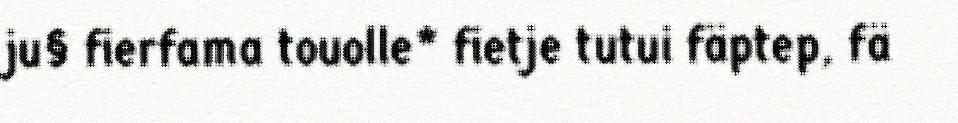
ju§ fierfama touolle* fietje tutui fäptep, fä